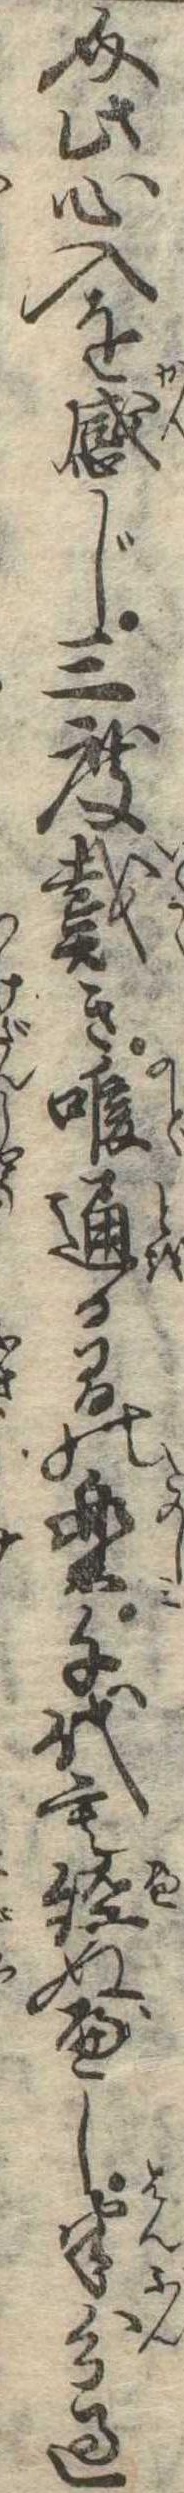
介此心入を感じ三度戴き喉通る間の楽千代も経ぬべし半分過